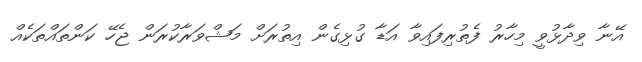
އޭނާ ވިދާޅުވީ މިހާރު ފެތުރިފައިވާ އަޑާ ގުޅިގެން އިތުރަށް މަޝްވަރާކުރަން ޖެހޭ ކަންތައްތަކެއް